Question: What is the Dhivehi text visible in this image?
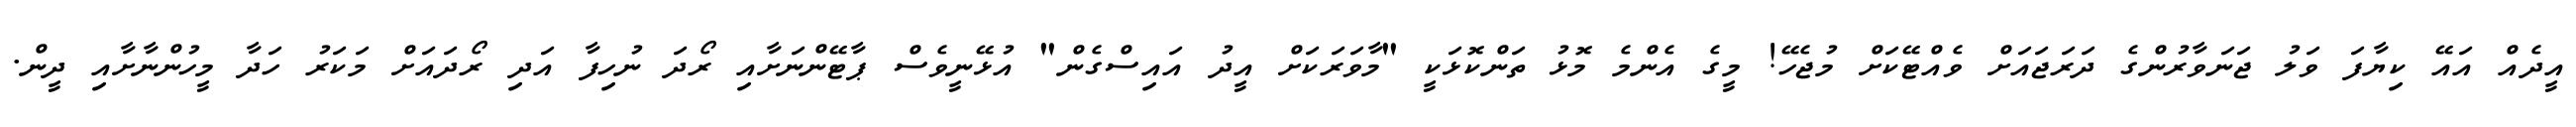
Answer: އީދެއް އައޭ ކިޔާފަ ވަލު ޖަނަވާރުންގެ ދަރަޖައަށް ވެއްޓޭކަށް މުޖެހޭ! މީގެ އެންމެ މޮޅު ތަންކޮޅަކީ "މާވަރަކަށް އީދު އައިސްގެން" އުޅޭނީވެސް ޕާޓޭންނަށާއި ރޯދަ ނުހިފާ އަދި ރޯދައަށް މަކަރު ހަދާ މީހުންނާށާއި ދީން.